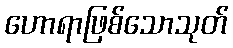
ဟောရာဖြစ်သောသုတ်